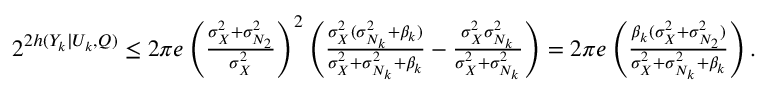
\begin{array} { r } { 2 ^ { 2 h ( Y _ { k } | U _ { k } , Q ) } \le 2 \pi e \left( \frac { \sigma _ { X } ^ { 2 } + \sigma _ { N _ { 2 } } ^ { 2 } } { \sigma _ { X } ^ { 2 } } \right) ^ { 2 } \left( \frac { \sigma _ { X } ^ { 2 } ( \sigma _ { N _ { k } } ^ { 2 } + \beta _ { k } ) } { \sigma _ { X } ^ { 2 } + \sigma _ { N _ { k } } ^ { 2 } + \beta _ { k } } - \frac { \sigma _ { X } ^ { 2 } \sigma _ { N _ { k } } ^ { 2 } } { \sigma _ { X } ^ { 2 } + \sigma _ { N _ { k } } ^ { 2 } } \right) = 2 \pi e \left( \frac { \beta _ { k } ( \sigma _ { X } ^ { 2 } + \sigma _ { N _ { 2 } } ^ { 2 } ) } { \sigma _ { X } ^ { 2 } + \sigma _ { N _ { k } } ^ { 2 } + \beta _ { k } } \right) . } \end{array}